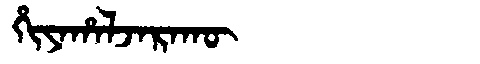
Manchu: ᡥᡳᠶᠠᡥᠠᠯᠵᠠᡵᠠᡴᡡ
Romanization: HIYAHALJARAKŪ